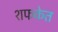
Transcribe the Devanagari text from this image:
शफकेत